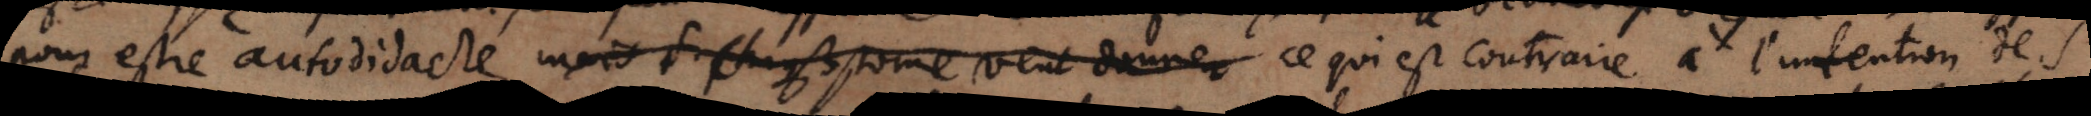
pour estre autodidacte mais S.Chhrysostome veut donner ce qui est contraire à l’intention de S.